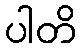
ပါတိ